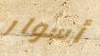
أسوار